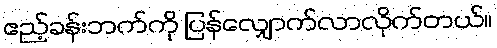
ဧည့်ခန်းဘက်ကို ပြန်လျှောက်လာလိုက်တယ်။